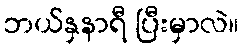
ဘယ်နှနာရီ ပြီးမှာလဲ။